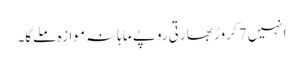
انہیں 7 کروڑ بھارتی روپے ماہانہ موازہ ملےگا۔